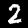
Label: 2